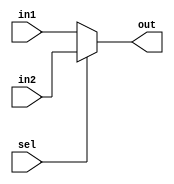
`timescale 1ns / 1ps
//////////////////////////////////////////////////////////////////////////////////
// Company: 
// Engineer: 
// 
// Design Name: 
// Module Name: mux2by1
// Project Name: 
// Target Devices: 
// Tool Versions: 
// Description: 
// 
// Dependencies: 
// 
// Revision:
// Revision 0.01 - File Created
// Additional Comments:
// 
//////////////////////////////////////////////////////////////////////////////////


module mux2by1#(parameter N=32)(
input[N-1:0] in1,
input [N-1:0]in2,
input sel,
output [N-1:0] out
    );
    assign out = (sel) ? in2:in1;
    
    
endmodule